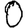
Digit: 0